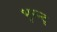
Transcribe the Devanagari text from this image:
भुरन्ट्